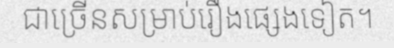
ជាច្រើនសម្រាប់រឿងផ្សេងទៀត។